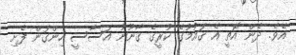
އެވެ. ދެން އޮތީ އެ ޤައުމުގެ ކުރީގެ ޤާނޫނު އަސާސީ ހިންގަން ފެށި